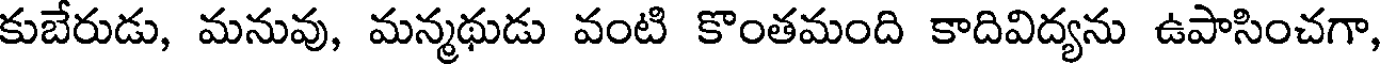
కుబేరుడు, మనువు, మన్మథుడు వంటి కొంతమంది కాదివిద్యను ఉపాసించగా,